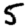
Digit: 5